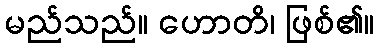
မည်သည်။ ဟောတိ၊ ဖြစ်၏။